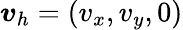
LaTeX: \boldsymbol{v}_{h}=(v_{x},v_{y},0)